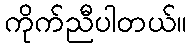
ကိုက်ညီပါတယ်။